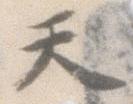
天